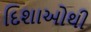
દિશાઓથી